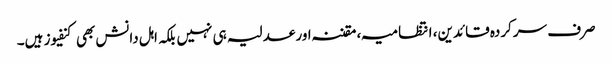
صرف سرکردہ قائدین، انتظامیہ، مقننہ اور عدلیہ ہی نہیں بلکہ اہل دانش بھی کنفیوز ہیں۔